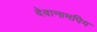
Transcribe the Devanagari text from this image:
देवानामपिय